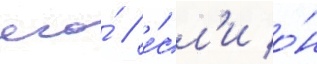
его́ / е́сл'и о́н